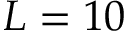
L = 1 0